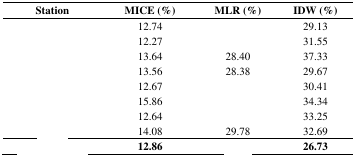
<table><thead><tr><td><b>Station</b></td><td><b>MICE (%)</b></td><td><b>MLR (%)</b></td><td><b>IDW (%)</b></td></tr></thead><tbody><tr><td>[EMPTY_CELL]</td><td>12.74</td><td>[EMPTY_CELL]</td><td>29.13</td></tr><tr><td>[EMPTY_CELL]</td><td>12.27</td><td>[EMPTY_CELL]</td><td>31.55</td></tr><tr><td>[EMPTY_CELL]</td><td>13.64</td><td>28.40</td><td>37.33</td></tr><tr><td>[EMPTY_CELL]</td><td>13.56</td><td>28.38</td><td>29.67</td></tr><tr><td>[EMPTY_CELL]</td><td>12.67</td><td>[EMPTY_CELL]</td><td>30.41</td></tr><tr><td>[EMPTY_CELL]</td><td>15.86</td><td>[EMPTY_CELL]</td><td>34.34</td></tr><tr><td>[EMPTY_CELL]</td><td>12.64</td><td>[EMPTY_CELL]</td><td>33.25</td></tr><tr><td>[EMPTY_CELL]</td><td>14.08</td><td>29.78</td><td>32.69</td></tr><tr><td>[EMPTY_CELL]</td><td><b>12.86</b></td><td>[EMPTY_CELL]</td><td><b>26.73</b></td></tr></tbody></table>